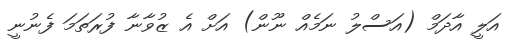
އަލީ އާދަމް (އަސްލު ނަމެއް ނޫން) އަށް އެ ޒުވާނާ ފުރަތަމަ ފެނުނީ